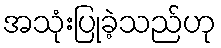
အသုံးပြုခဲ့သည်ဟု